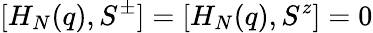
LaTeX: [H_{N}(q),S^{\pm}]=[H_{N}(q),S^{z}]=0